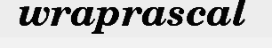
wraprascal